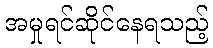
အမှုရင်ဆိုင်နေရသည့်